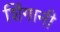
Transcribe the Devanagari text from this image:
शिंगानी